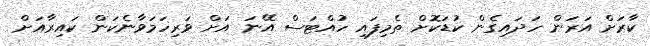
ކާރަށް އަރަން ހަދައިގެން ކުޑަކޮށް ތެމިފައި ހުއްޓަސް އޭނަ އަށް ވަރިހަމަވާނެކަން ކައިރާއަށް